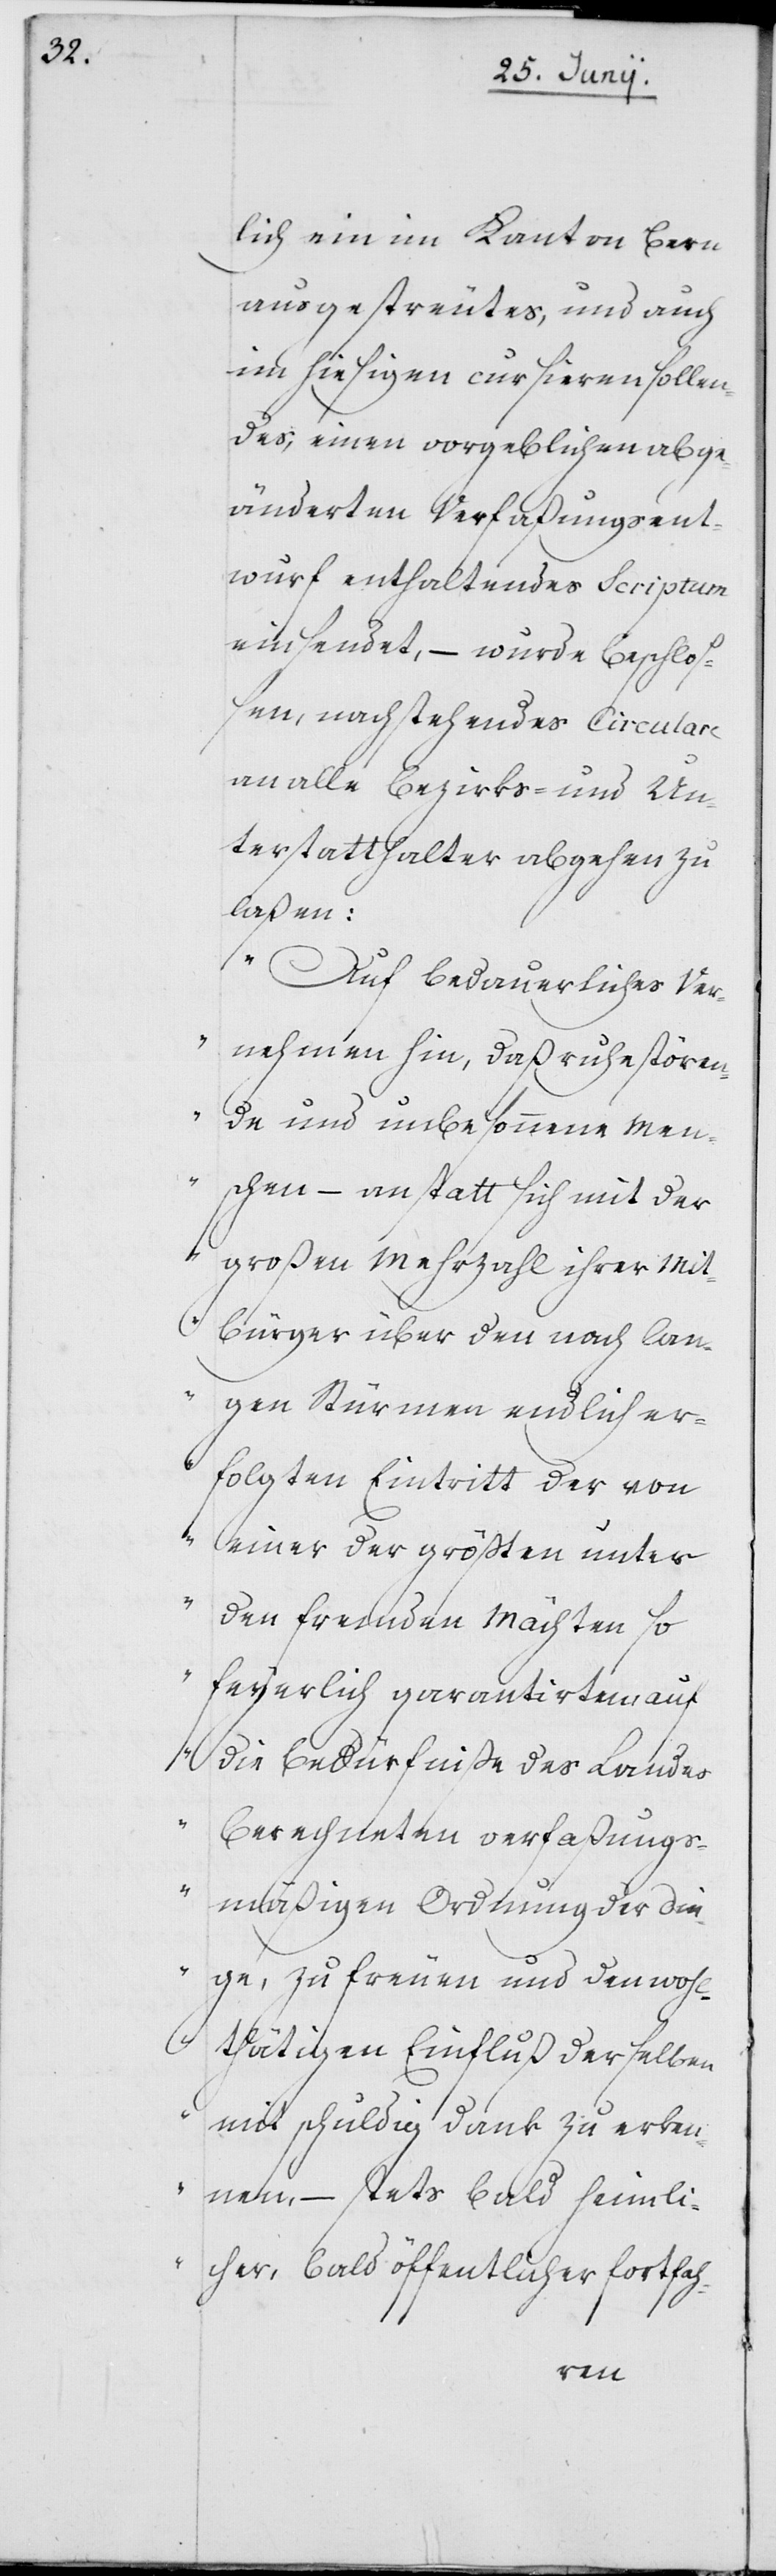
lich ein im Kanton Bern
ausgestreutes, und auch
im hiesigen cursiren sollen¬
des, einen vorgeblichen abge¬
änderten Verfaßungsent¬
wurf enthaltendes Scriptum
einsendet, – wurde beschloß¬
en, nachstehendes Circulare
an alle Bezirks- und Un¬
terstatthalter abgehen zu
laßen:
„Auf bedauerliches Ver¬
nehmen hin, daß ruhestören¬
de und unbesonnene Men¬
schen – anstatt sich mit der
großen Mehrzahl ihrer Mit¬
bürger über den nach lan¬
gen Stürmen endlich er¬
folgten Eintritt der von
einer der größten unter
den fremden Mächten so
feyerlich garantirten, auf
die Bedürfniße des Landes
berechneten verfaßungs¬
mäßigen Ordnung der Din¬
ge, zu freuen und den wohl¬
thätigen Einfluß der selben
mit schuldig Dank zu erken¬
nen, – stets bald heimli¬
cher, bald öffentlicher fortfah-